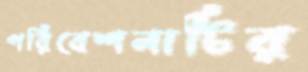
পরিবেশনাটির